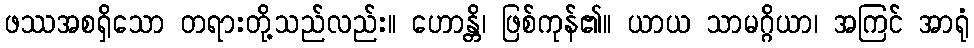
ဖဿအစရှိသော တရားတို့သည်လည်း။ ဟောန္တိ၊ ဖြစ်ကုန်၏။ ယာယ သာမဂ္ဂိယာ၊ အကြင် အာရုံ